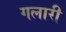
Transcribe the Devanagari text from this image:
गलारी